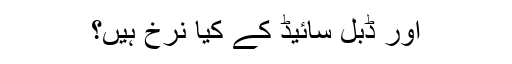
اور ڈبل سائیڈ کے کیا نرخ ہیں؟